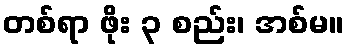
တစ်ရာ ဖိုး ၃ စည်း၊ အစ်မ။